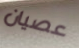
عصيان